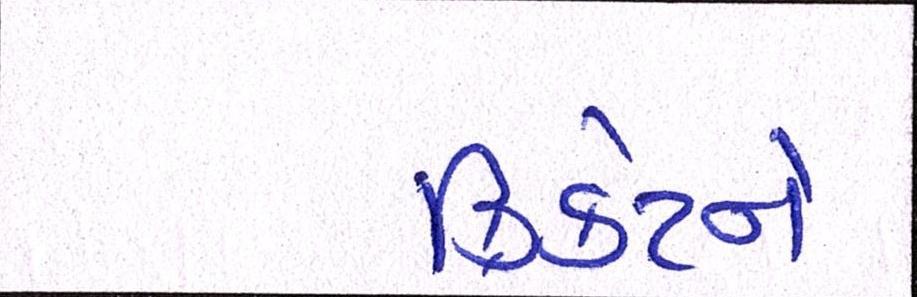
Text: ક્રિકેટને